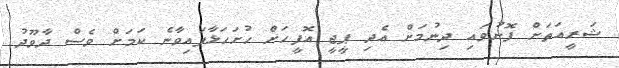
ޝަރީއަތަށް ފޮނުވައި ދިނުމަށް އެދި ޕީޖީ އޮފީހަށް ހުށަހަޅާފައިވާނެ ކަމަށް ވެސް ދާވޫދު